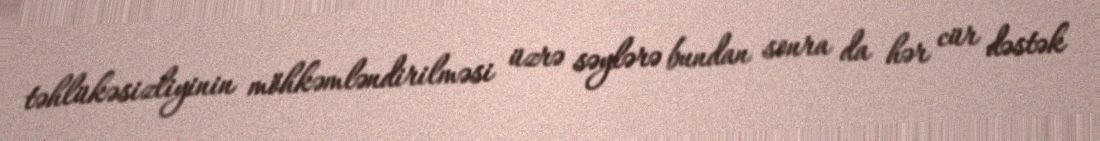
təhlükəsizliyinin möhkəmləndirilməsi üzrə səylərə bundan sonra da hər cür dəstək